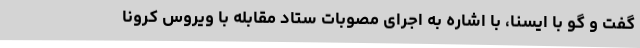
گفت و گو با ایسنا، با اشاره به اجرای مصوبات ستاد مقابله با ویروس کرونا